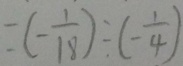
= ( - \frac { 1 } { 1 8 } ) \div ( - \frac { 1 } { 4 } )